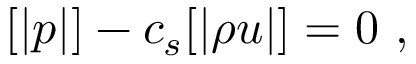
[ | p | ] - c _ { s } [ | \rho u | ] = 0 \ ,